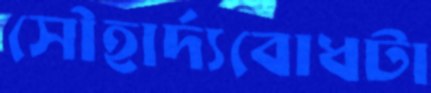
সৌহার্দ্যবোধটা